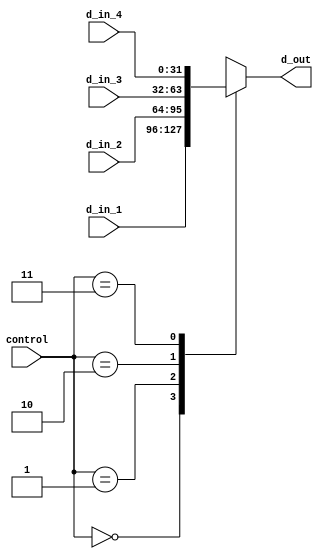
`timescale 1ns / 1ps
//////////////////////////////////////////////////////////////////////////////////
// Company: 
// Engineer: 
// 
// Design Name: 
// Module Name: sel_32_4to1
// Project Name: 
// Target Devices: 
// Tool Versions: 
// Description: 
// 
// Dependencies: 
// 
// Revision:
// Revision 0.01 - File Created
// Additional Comments:
// 
//////////////////////////////////////////////////////////////////////////////////


module sel_32_4to1(
input [1:0] control,
input [31:0] d_in_1,
input [31:0] d_in_2,
input [31:0] d_in_3,
input [31:0] d_in_4,
output reg[31:0] d_out
    );
always@(*)
begin
case(control)
2'b00: d_out <= d_in_1;
2'b01: d_out <= d_in_2;
2'b10: d_out <= d_in_3;
2'b11: d_out <= d_in_4;
endcase
end
endmodule